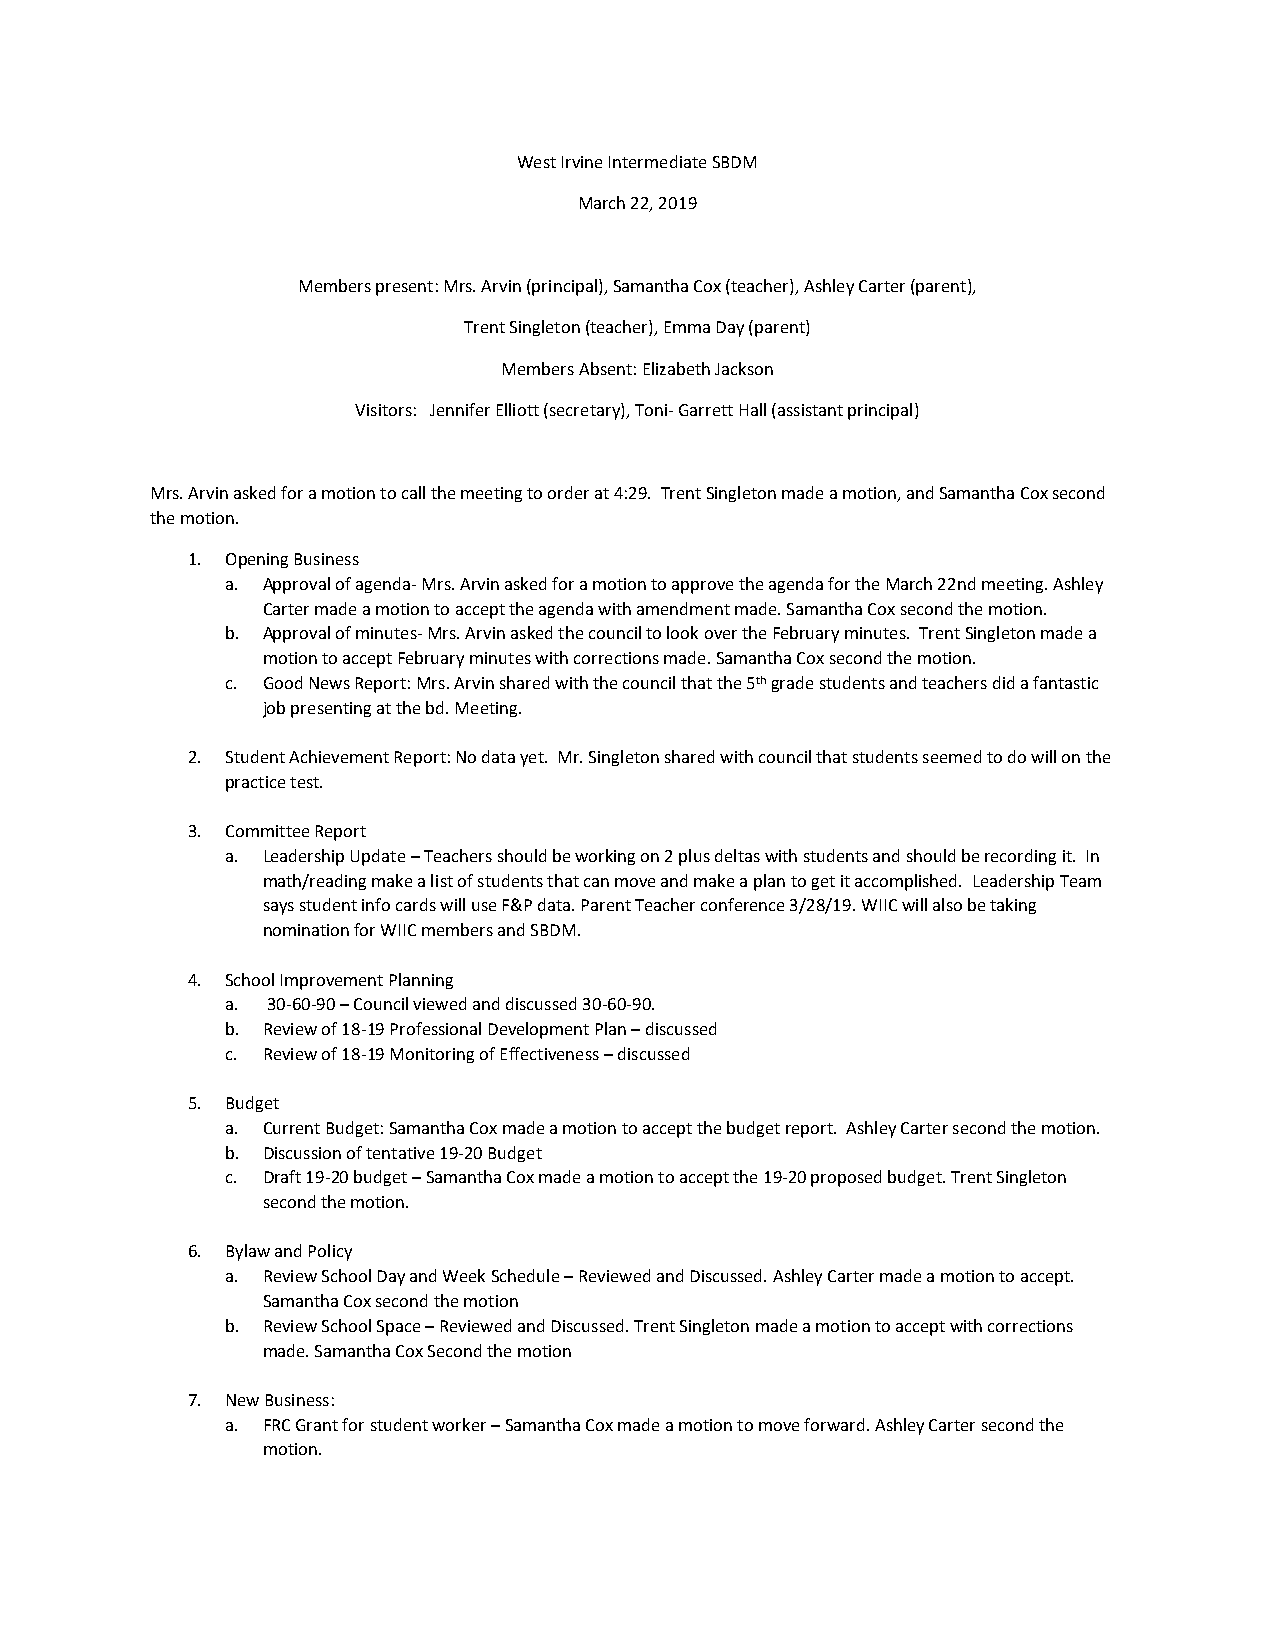
West Irvine Intermediate SBDM
 March 22, 2019
 Members present: Mrs. Arvin (principal), Samantha Cox (teacher), Ashley Carter (parent),
 Trent Singleton (teacher), Emma Day (parent)
 Members Absent: Elizabeth Jackson
 Visitors: Jennifer Elliott (secretary), Toni- Garrett Hall (assistant principal)
 Mrs. Arvin asked for a motion to call the meeting to order at 4:29. Trent Singleton made a motion, and Samantha Cox second
 the motion.
 1. Opening Business
 a. Approval of agenda- Mrs. Arvin asked for a motion to approve the agenda for the March 22nd meeting. Ashley
 Carter made a motion to accept the agenda with amendment made. Samantha Cox second the motion.
 b. Approval of minutes- Mrs. Arvin asked the council to look over the February minutes. Trent Singleton made a
 motion to accept February minutes with corrections made. Samantha Cox second the motion.
 c. Good News Report: Mrs. Arvin shared with the council that the 5th grade students and teachers did a fantastic
 job presenting at the bd. Meeting.
 2. Student Achievement Report: No data yet. Mr. Singleton shared with council that students seemed to do will on the
 practice test.
 3. Committee Report
 a. Leadership Update – Teachers should be working on 2 plus deltas with students and should be recording it. In
 math/reading make a list of students that can move and make a plan to get it accomplished. Leadership Team
 says student info cards will use F&P data. Parent Teacher conference 3/28/19. WIIC will also be taking
 nomination for WIIC members and SBDM.
 4. School Improvement Planning
 a. 30-60-90 – Council viewed and discussed 30-60-90.
 b. Review of 18-19 Professional Development Plan – discussed
 c. Review of 18-19 Monitoring of Effectiveness – discussed
 5. Budget
 a. Current Budget: Samantha Cox made a motion to accept the budget report. Ashley Carter second the motion.
 b. Discussion of tentative 19-20 Budget
 c. Draft 19-20 budget – Samantha Cox made a motion to accept the 19-20 proposed budget. Trent Singleton
 second the motion.
 6. Bylaw and Policy
 a. Review School Day and Week Schedule – Reviewed and Discussed. Ashley Carter made a motion to accept.
 Samantha Cox second the motion
 b. Review School Space – Reviewed and Discussed. Trent Singleton made a motion to accept with corrections
 made. Samantha Cox Second the motion
 7. New Business:
 a. FRC Grant for student worker – Samantha Cox made a motion to move forward. Ashley Carter second the
 motion.